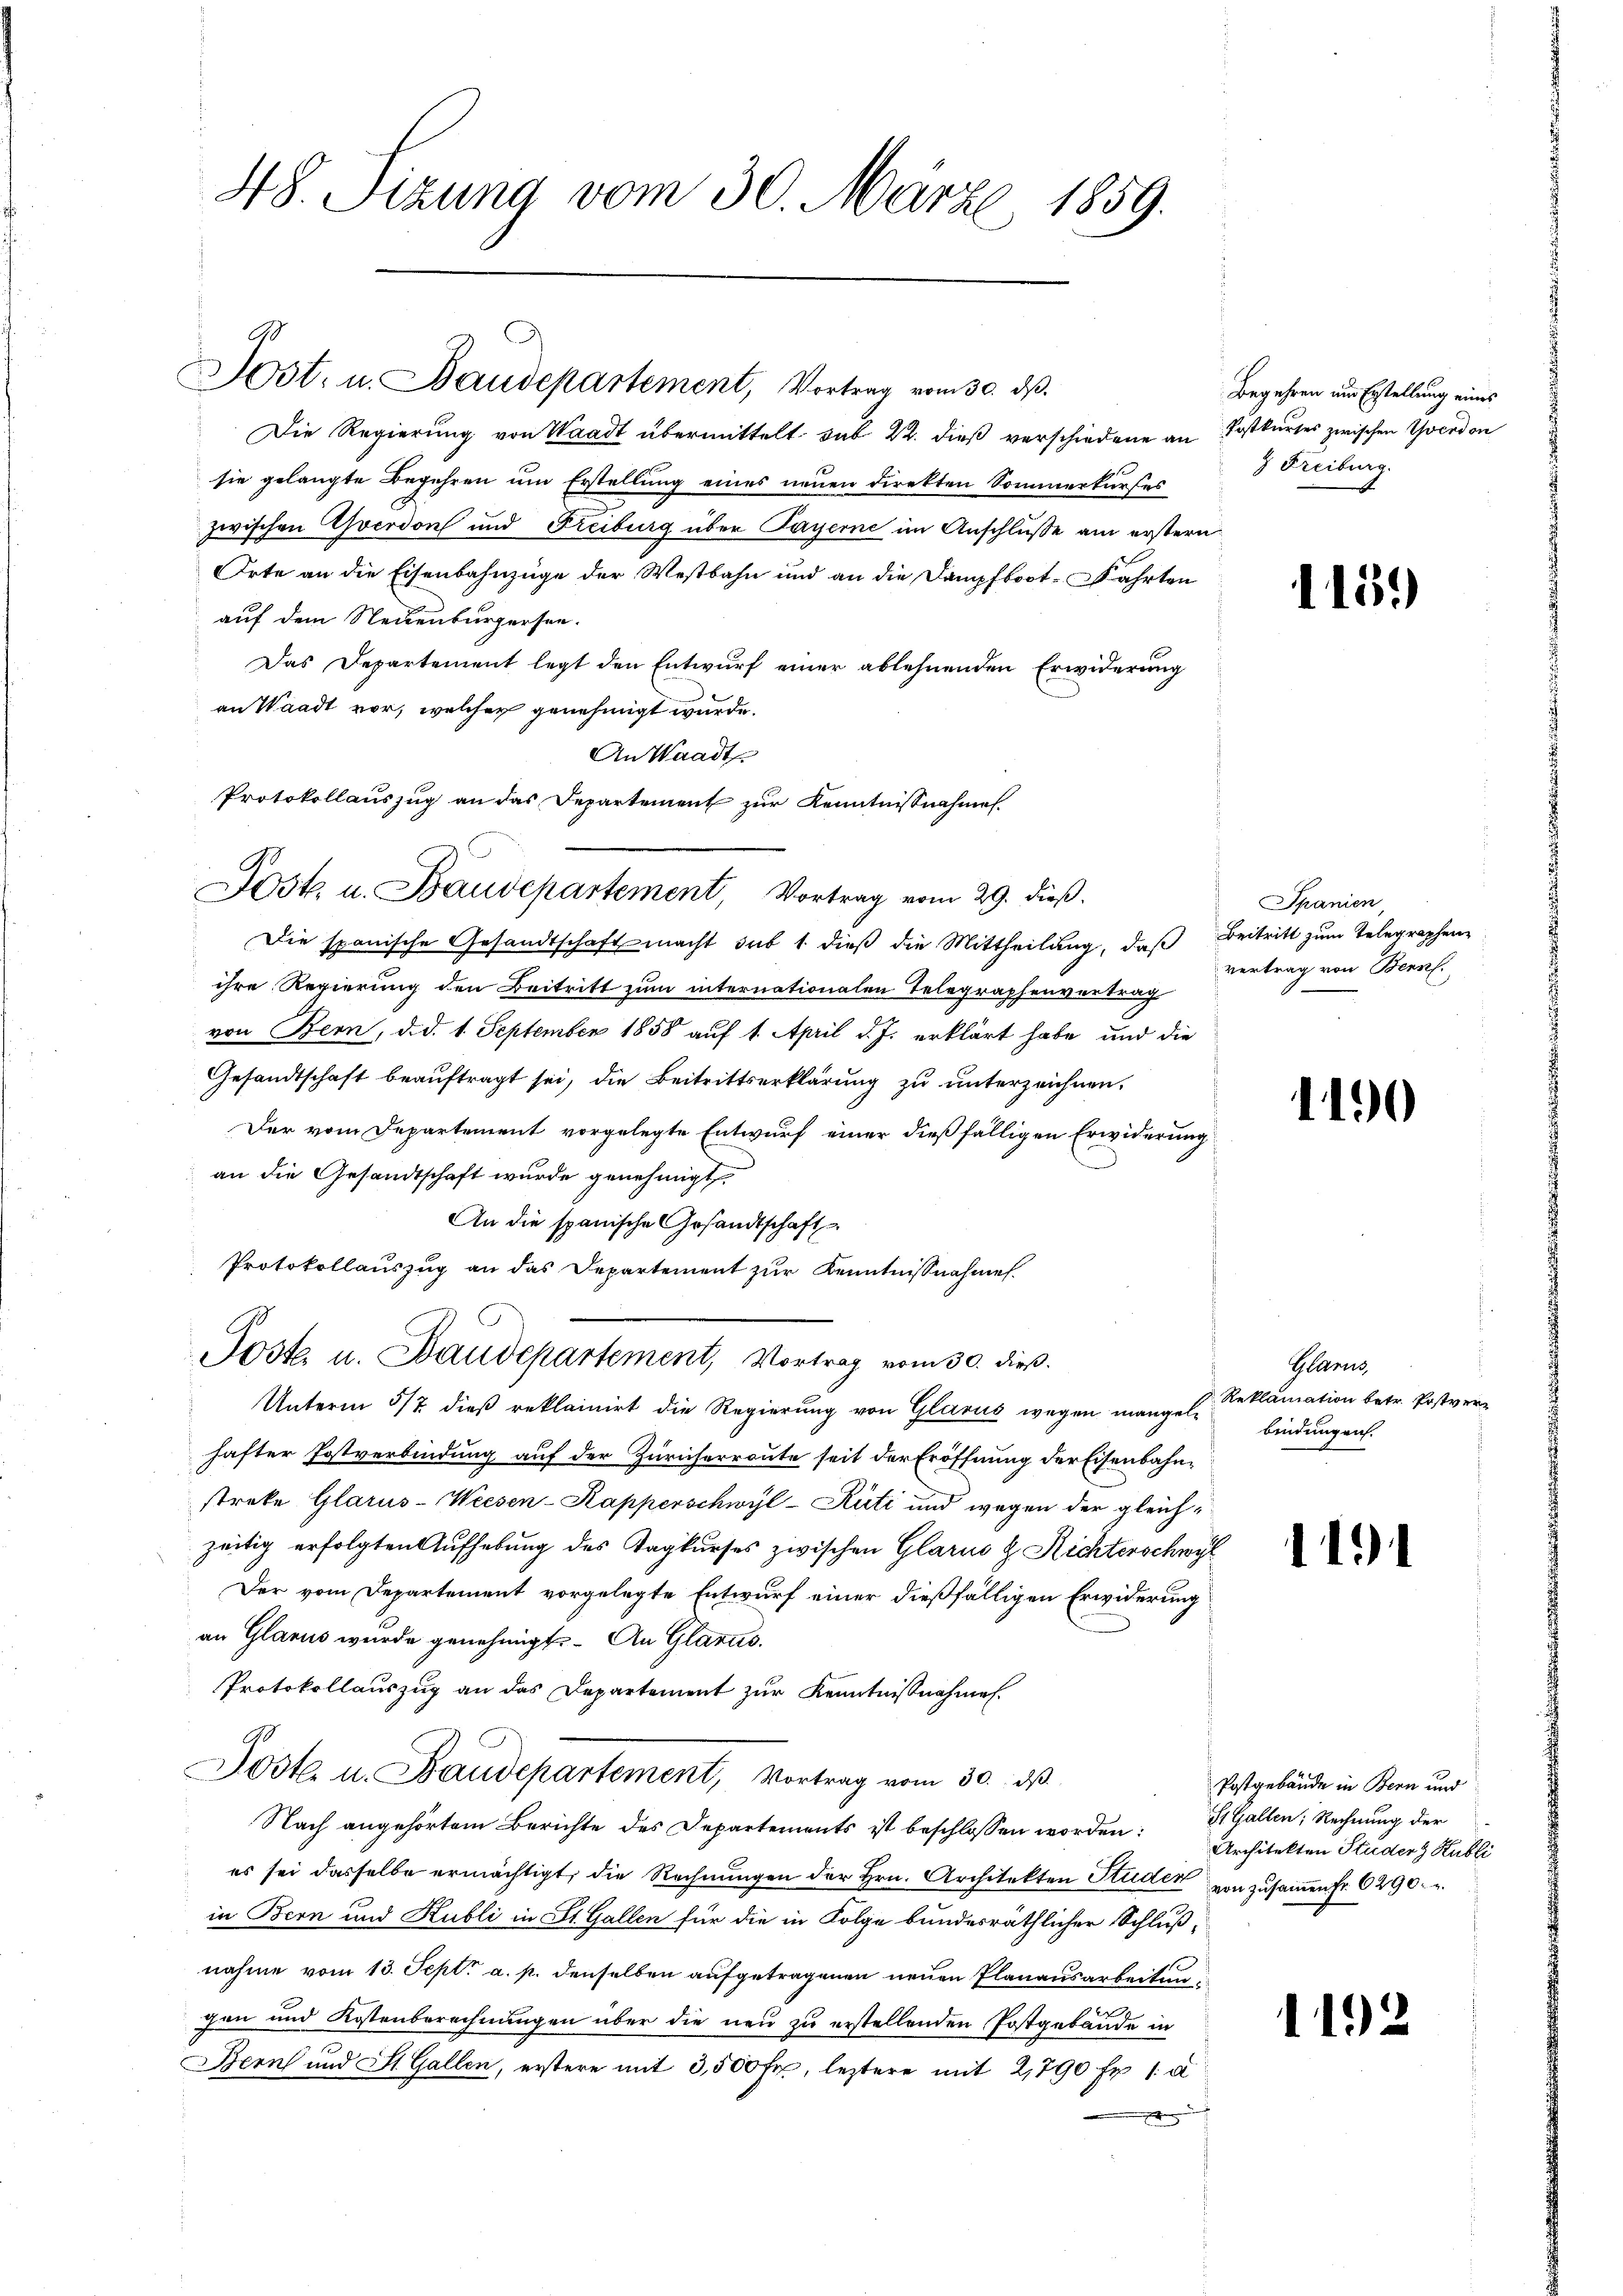
H8. Sizung vom 30. Märze, 1859.

Jost, u. Baudepartement, Vortrag vom 30. dβ.

Die Regierung von Waadt übermittelt sub 22. dieß verschiedene an Postkurses zwischen Yverdon
sie gelangte Begehren um Erstellung eines neuen direkten Sommerkurses
zwischen verdon und Freiburg über Payerne im Anschluße am erstern
Orte an die Eisenbahnzüge der Westbahn und an die Dampfboot-Fahrten
auf dem Neuenburgersee.
Das Departement legt den Entwurf einer ablehnenden Erwiderung
an Waadt vor, welcher genehmigt wurde.
An Waadt
Die spanische Gesandtschaft macht sub 1 dieß die Mittheilung, daß Beitritt zum Telegraphenihre Regierung den Beitritt zum internationalen Telegraphenvertrag
von Bern, d. d. 1. September 1858 auf 1. April d. J. erklärt habe und die
Gesandtschaft beauftragt sei, die Beitrittserklärung zu unterzeichnen.
Der vom Departement vorgelegte Entwurf einer dießfälligen Erwiderung
an die Gesandtschaft wurde genehmigt.
An die spanische Gesandtschaft
Protokollauszug an das Departement zur Kenntnißnahmen.
Poste u. Baudepartement, Vortrag vom 30. dieß.
Unterm 5/7. dieß reklainirt die Regierung von Glarus wegen mangelhafter Postverbindung auf der Züricherroute seit der Eröffnung der Eisenbahnstreke Glarus-Weesen-Kapperschwyl-Rüti und wegen der gleichzeitig erfolgten Aufhebung des Tagkurses zwischen Glarus & Richterschwyl
Der vom Departement vorgelegte Entwurf einer dießfälligen Erwiderung
an Glarus wurde genehmigt. An Glarus.
Protokollauszug an das Departement zur Kenntnißnahmen.
Jost u. Baudepartement, Vortrag vom 30. dβ
Nach angehörtem Berichte des Departements ist beschlossen worden: St. Gallen, Rechnung der
es sei dasselbe ermächtigt, die Rechnŭngen der Hrn. Architekten Studen von zŭsaṁen fr. 6290.
in Bern und Hubli in St. Gallen für die in Folge bundesräthlicher Schlußnahme vom 13. Sept. a. p. denselben aufgetragenen neuen Planausarbeitun
x
gen und Kostenberechnungen über die neu zu erstellenden Postgebäude in
Bern und St. Gallen, erstere mit 3,500 Fr., leztere mit 2,790 fr. 1. a
e

Protokollauszug an das Departement zur Kenntnißnahmen.
Dost u. Baudepartement, Vortrag vom 29. dieß.

Begehren und Erstellung eines
3 Freiburg.

1152)

Spanien,
vertrag von Bern.

1430

Glarus,
Reklamation betr. Postverbindungen.

111

Postgebäude in Bern und
Architekten Studenz Kubli

1192